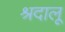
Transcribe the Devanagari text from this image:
श्रदालू